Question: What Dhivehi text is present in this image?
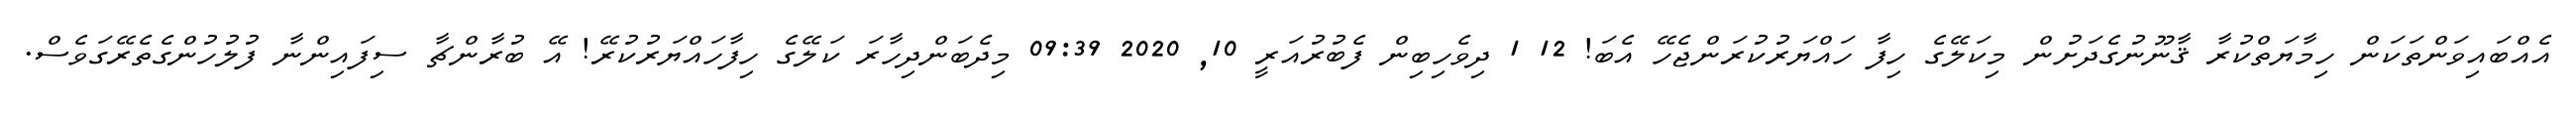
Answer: އެއްބައިވަންތަކަން ހިމާޔަތްކުރާ ޤާނޫނުގެދަށުން މިކަލޭގެ ހިފާ ހައްޔަރުކުރަންޖެހޭ އެބަ! 12 1 ދިވެހިބިން ފެބުރުއަރީ 10, 2020 09:39 މިދެބަންދިހާރަ ކަލޭގެ ހިފާހައްޔަރުކުރޭ! އޭ ބުރާންޗާ ސިފައިންނާ ފުލުހުންގެތެރޭގަވެސް.